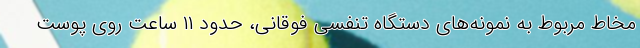
مخاط مربوط به نمونه‌های دستگاه تنفسی فوقانی، حدود ۱۱ ساعت روی پوست